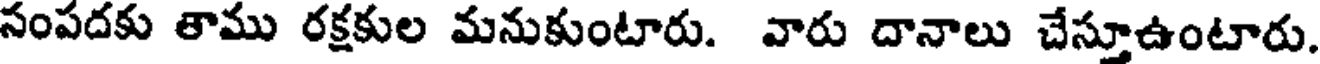
సంపదకు తాము రక్షకుల మనుకుంటారు. వారు దానాలు చేస్తూఉంటారు.